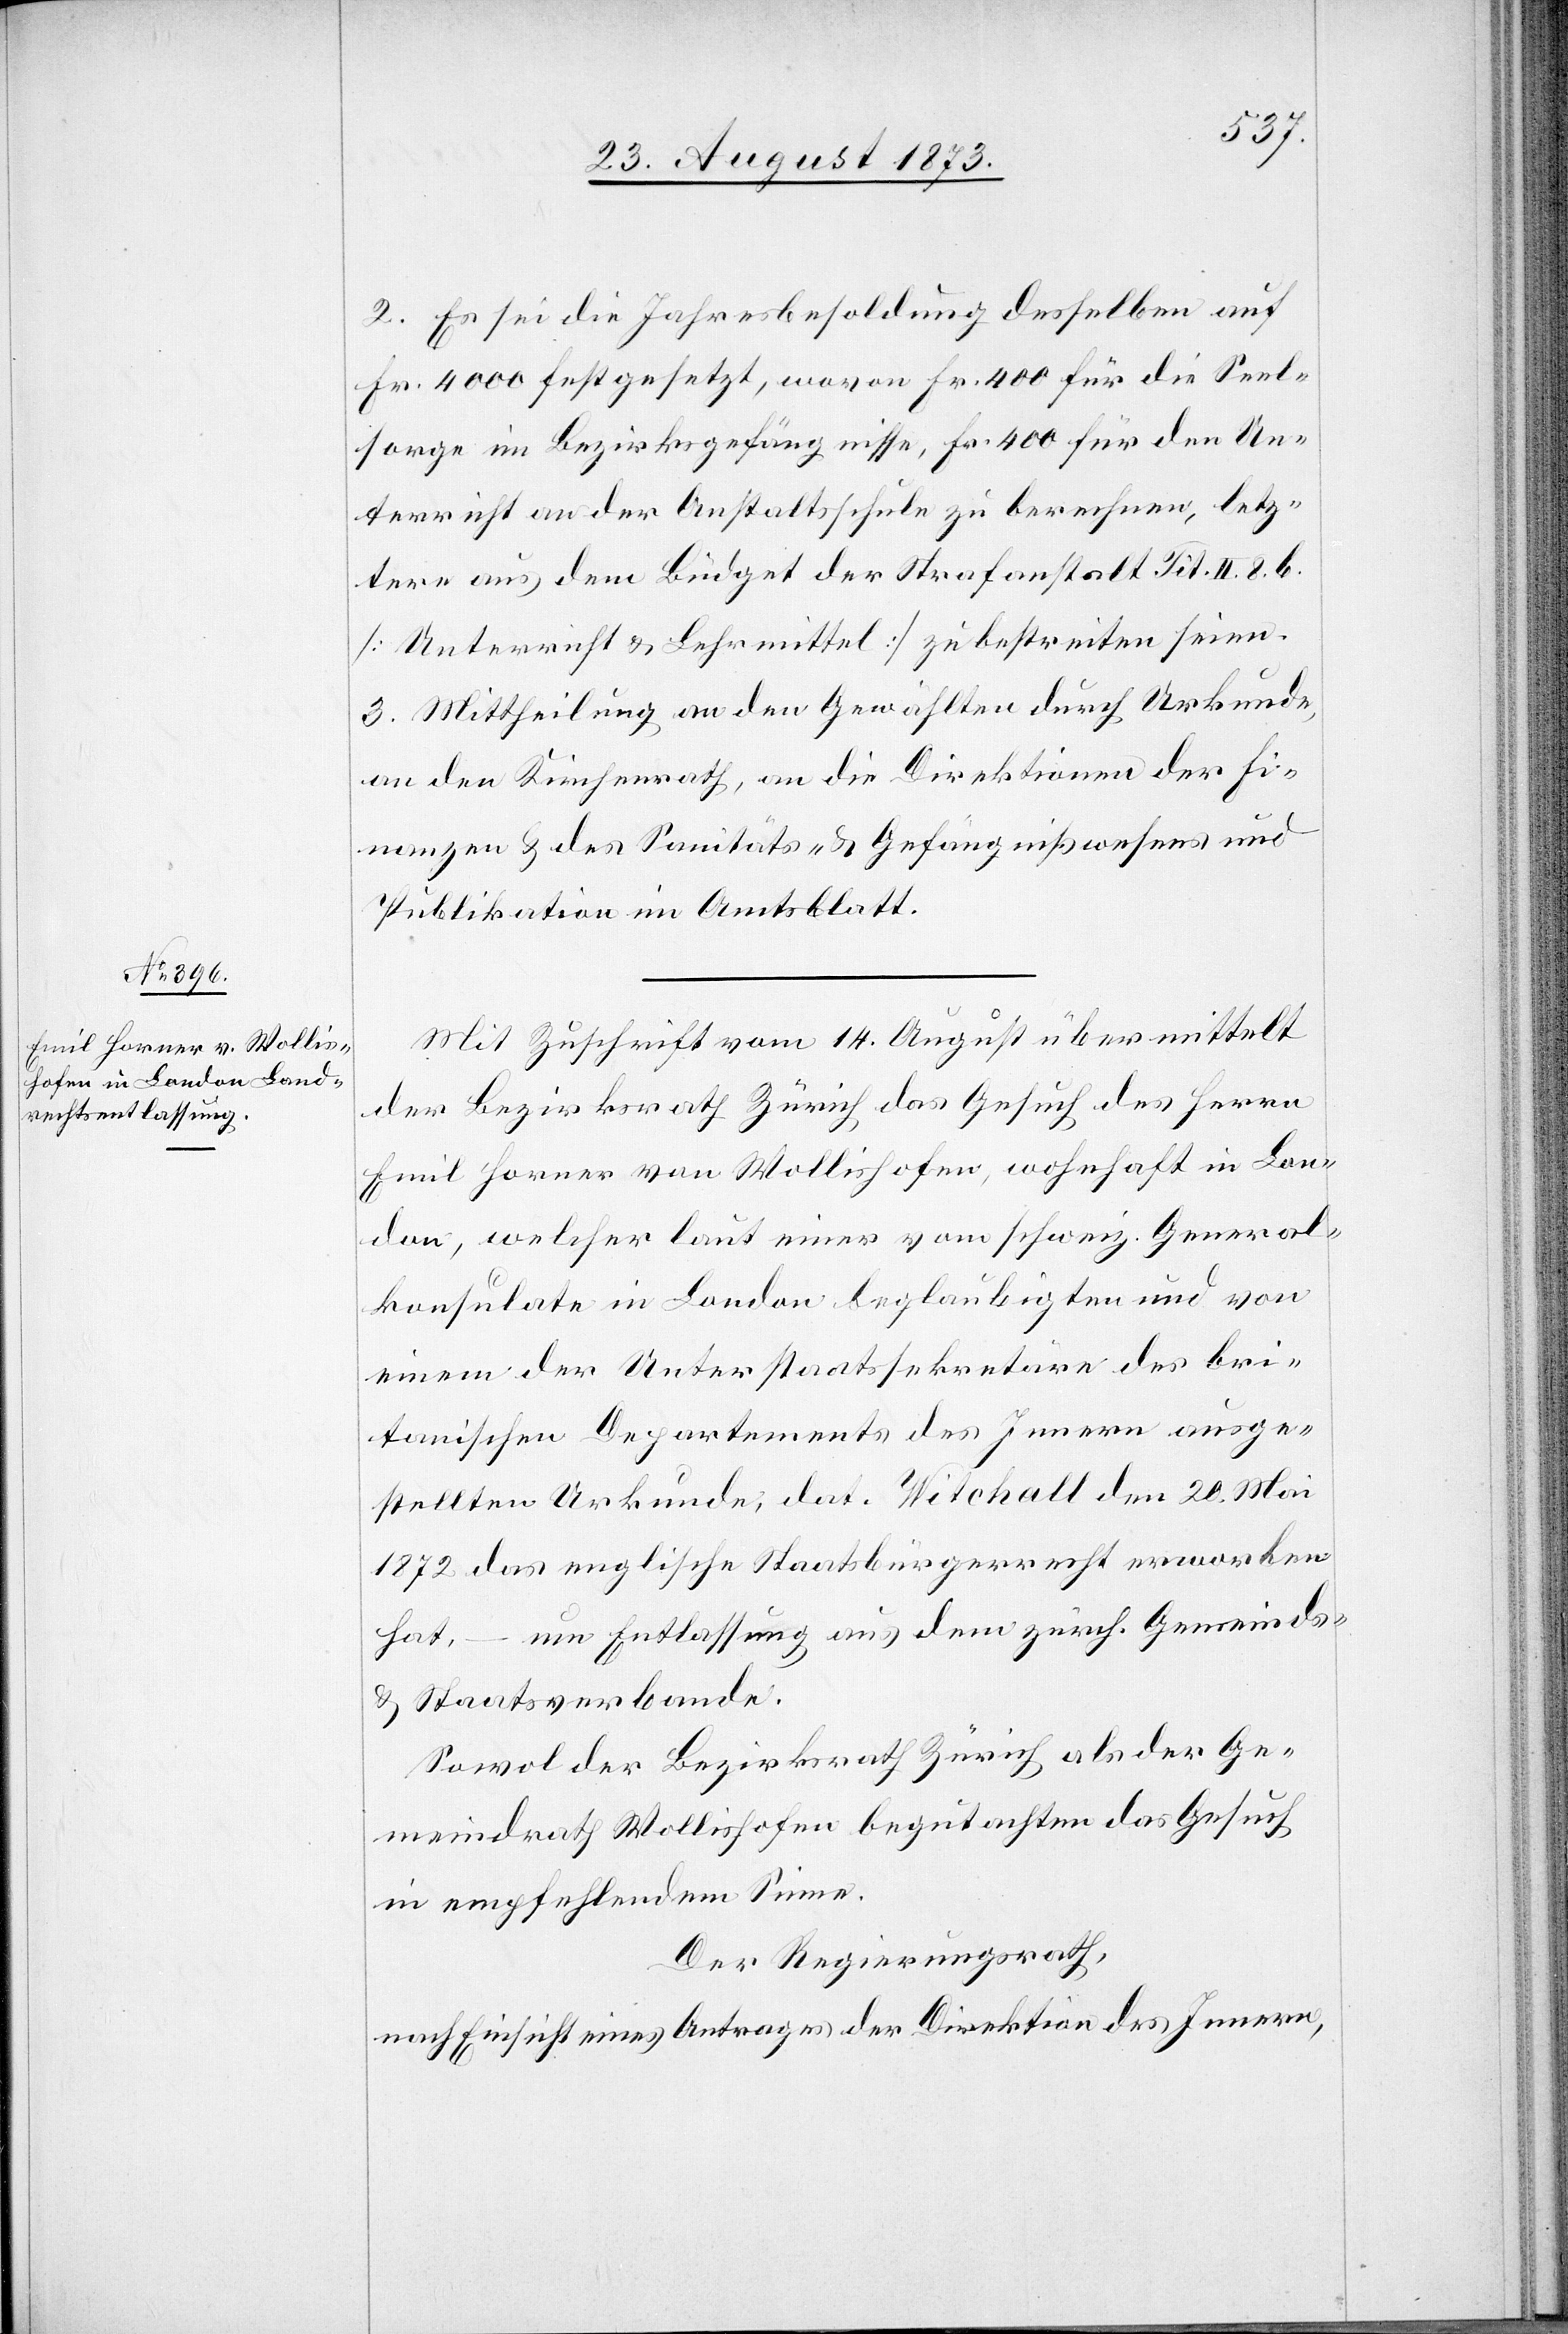
2. Es sei die Jahresbesoldung desselben auf
Fr. 4 000 festgesetzt, wovon Fr. 400 für die Seel¬
sorge im Bezirksgefängnisse, Fr. 400 für den Un¬
terricht an der Anstaltsschule zu berechnen, letz¬
tere aus dem Büdget der Strafanstalt Tit. II. 8. b.
[Unterricht & Lehrmittel] zu bestreiten seien.
3. Mittheilung an den Gewählten durch Urkunde,
an den Kirchenrath, an die Direktionen der Fi¬
nanzen & des Sanitäts- & Gefängnißwesens und
Publikation im Amtsblatt.
Mit Zuschrift vom 14. August übermittelt
der Bezirksrath Zürich das Gesuch des Herrn
Emil Horner von Wollishofen, wohnhaft in Lon¬
don, welcher laut einer vom schweiz. General¬
konsulate in London beglaubigten und von
einem der Unterstaatssekretäre des bri¬
tanischen Departements des Innern ausge¬
stellten Urkunde, dat. Witchall den 20. Mai
1872 das englische Staatsbürgerrecht erworben
hat, – um Entlassung aus dem zürch. Gemeinds-
& Staatsverbande.
Sowol der Bezirksrath Zürich als der Ge¬
meindrath Wollishofen begutachten das Gesuch
in empfehlendem Sinne.
Der Regierungsrath,
nach Einsicht eines Antrages der Direktion des Innern,